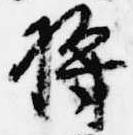
将